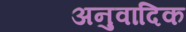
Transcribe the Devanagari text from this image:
अनुवादिक